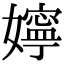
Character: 嬣